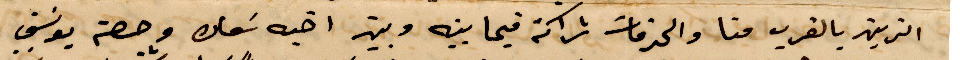
الزين بالقرب منا والخدمات شراكة فيما بينه وبين أخيه سمعان وحصة يوسف